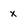
Character: x